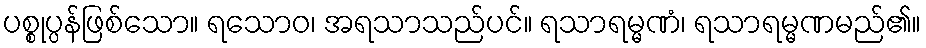
ပစ္စုပ္ပန်ဖြစ်သော။ ရသောဝ၊ အရသာသည်ပင်။ ရသာရမ္မဏံ၊ ရသာရမ္မဏမည်၏။